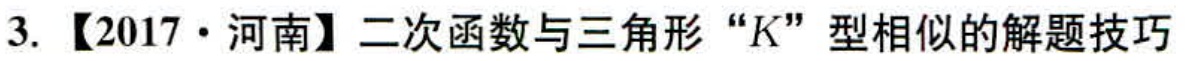
3. 【2017·河南】二次函数与三角形“\(K\)”型相似的解题技巧